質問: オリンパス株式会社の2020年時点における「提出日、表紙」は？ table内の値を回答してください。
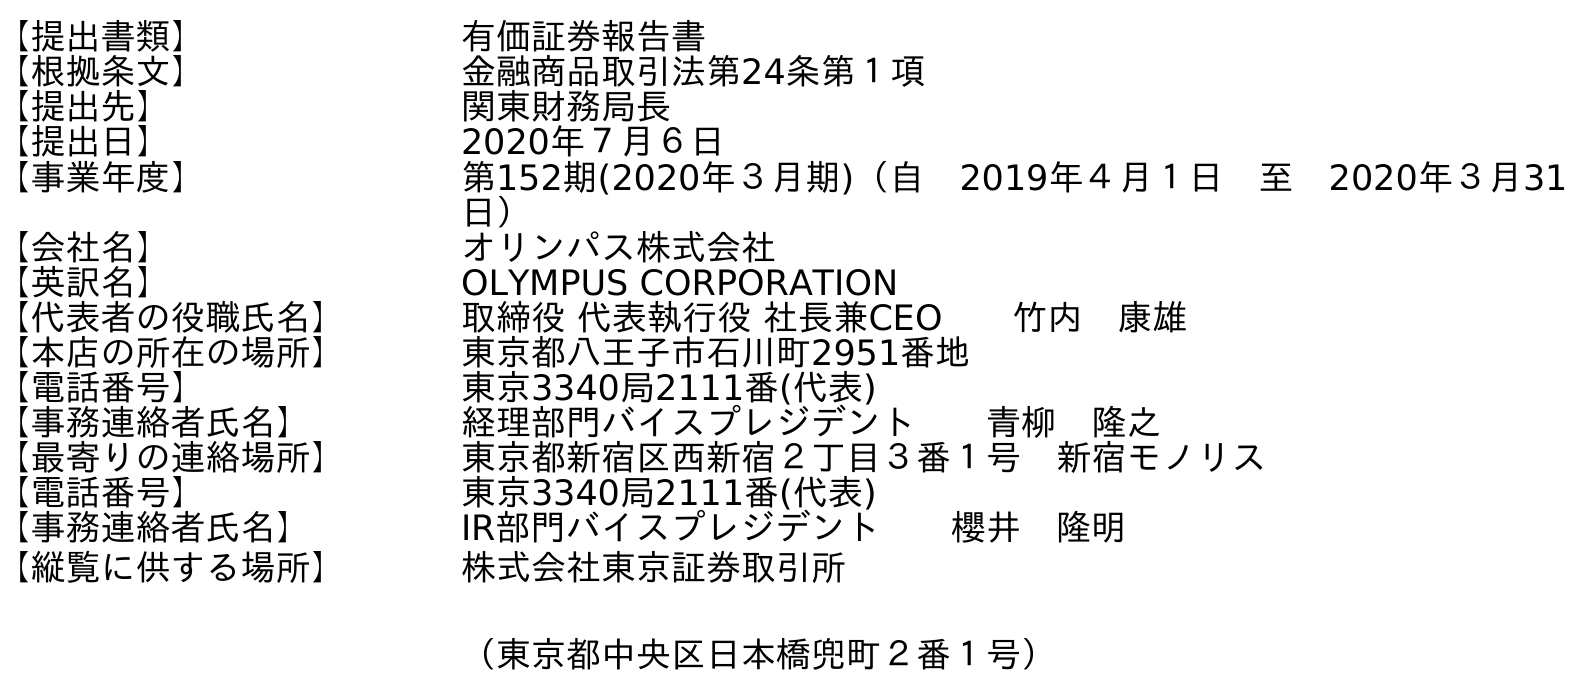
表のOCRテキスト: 【提出書類】 有価証券報告書 【根拠条文】 金融商品取引法第24条第１項 【提出先】 関東財務局長 【提出日】 2020年７月６日 【事業年度】 第152期(2020年３月期)（自 2019年４月１日 至 2020年３月31 日） 【会社名】 オリンパス株式会社 【英訳名】 OLYMPUS CORPORATION 【代表者の役職氏名】 取締役 代表執行役 社長兼CEO  竹内 康雄 【本店の所在の場所】 東京都八王子市石川町2951番地 【電話番号】 東京3340局2111番(代表) 【事務連絡者氏名】 経理部門バイスプレジデント  青柳 隆之 【最寄りの連絡場所】 東京都新宿区西新宿２丁目３番１号 新宿モノリス 【電話番号】 東京3340局2111番(代表) 【事務連絡者氏名】 IR部門バイスプレジデント  櫻井 隆明 【縦覧に供する場所】 株式会社東京証券取引所 （東京都中央区日本橋兜町２番１号）
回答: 2020年７月６日